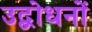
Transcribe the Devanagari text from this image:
उद्बोधनों